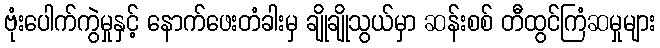
ဗုံးပေါက်ကွဲမှုနှင့် နောက်ဖေးတံခါးမှ ချိုချိုသွယ်မှာ ဆန်းစစ် တီထွင်ကြံဆမှုများ